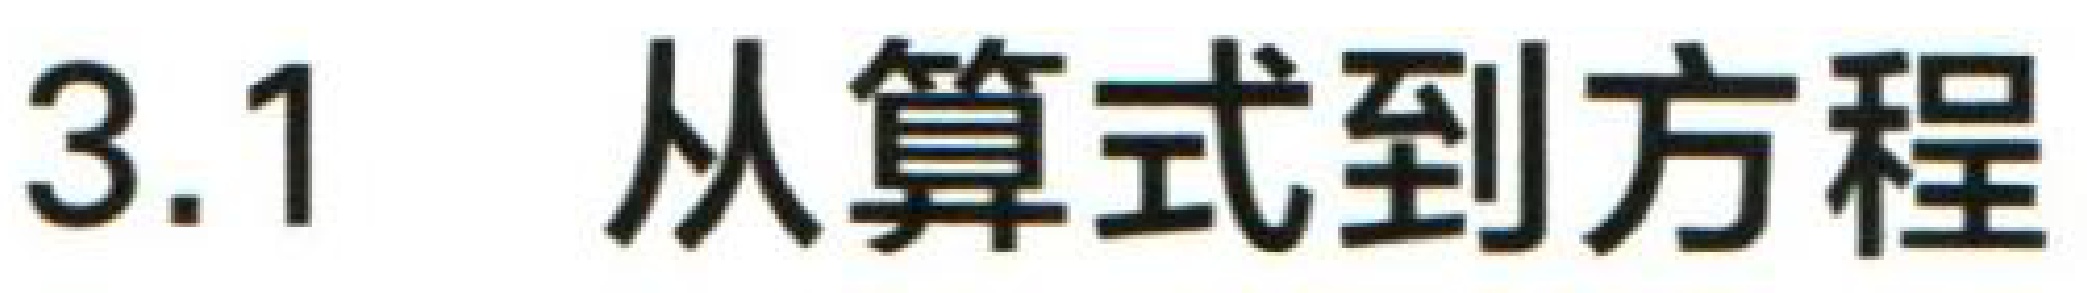
3.1 从算式到方程